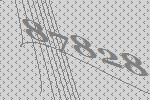
87828